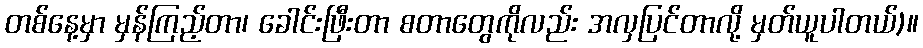
တစ်နေ့မှာ မှန်ကြည့်တာ၊ ခေါင်းဖြီးတာ စတာတွေကိုလည်း အလှပြင်တာလို့ မှတ်ယူပါတယ်)။